First report of the anti-malarial operations at Mian Mir, 1901-1903 - Number 6
Year: 1901
Disease focus: Malaria
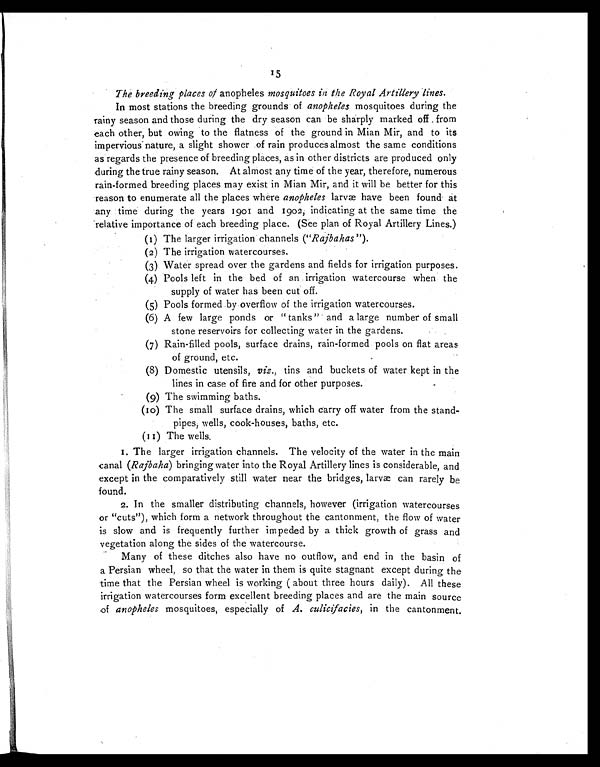
15
The breeding places of anopheles mosquitoes in the Royal Artillery lines.
In most stations the breeding grounds of anopheles mosquitoes during the
rainy season and those during the dry season can be sharply marked off , from
each other, but owing to the flatness of the ground in Mian Mir, and to its
impervious nature, a slight shower of rain produces almost the same conditions
as regards the presence of breeding places, as in other districts are produced only
during the true rainy season. At almost any time of the year, therefore, numerous
rain-formed breeding places may exist in Mian Mir, and it will be better for this
reason to enumerate all the places where anopheles larvæ have been found at
any time during the years 1901 and 1902, indicating at the same time the
relative importance of each breeding place. (See plan of Royal Artillery Lines.)
(1) The larger irrigation channels ("Rajbahas ").
(2)The irrigation watercourses.
(3)Water spread over the gardens and fields for irrigation purposes.
(4)Pools left in the bed of an irrigation watercourse when the
supply of water has been cut off.
(5)Pools formed by overflow of the irrigation watercourses.
(6)A few large ponds or " tanks " and a large number of small
stone reservoirs for collecting water in the gardens.
(7)Rain-filled pools, surface drains, rain-formed pools on flat areas
of ground, etc.
(8)Domestic utensils, viz., tins and buckets of water kept in the
lines in case of fire and for other purposes.
(9)The swimming baths.
(10) The small surface drains, which carry off water from the stand-
pipes, wells, cook-houses, baths, etc.
(11) The wells.
1. The larger irrigation channels. The velocity of the water in the main
canal (Rajbaha) bringing water into the Royal Artillery lines is considerable, and
except in the comparatively still water near the bridges, larvæ can rarely be
found.
2. In the smaller distributing channels, however (irrigation watercourses
or "cuts"), which form a network throughout the cantonment, the flow of water
is slow and is frequently further impeded by a thick growth of grass and
vegetation along the sides of the watercourse.
Many of these ditches also have no outflow, and end in the basin of
a Persian wheel, so that the water in them is quite stagnant except during the
time that the Persian wheel is working ( about three hours daily). All these
irrigation watercourses form excellent breeding places and are the main source
of anopheles mosquitoes, especially of A. culicifacies, i n t h e c a n t o n m e n t .